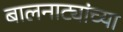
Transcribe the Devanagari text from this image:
बालनाट्यांच्या